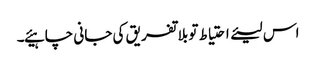
اس لیئے احتیاط تو بلا تفریق کی جانی چاہیئے۔